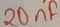
Text: 20nF